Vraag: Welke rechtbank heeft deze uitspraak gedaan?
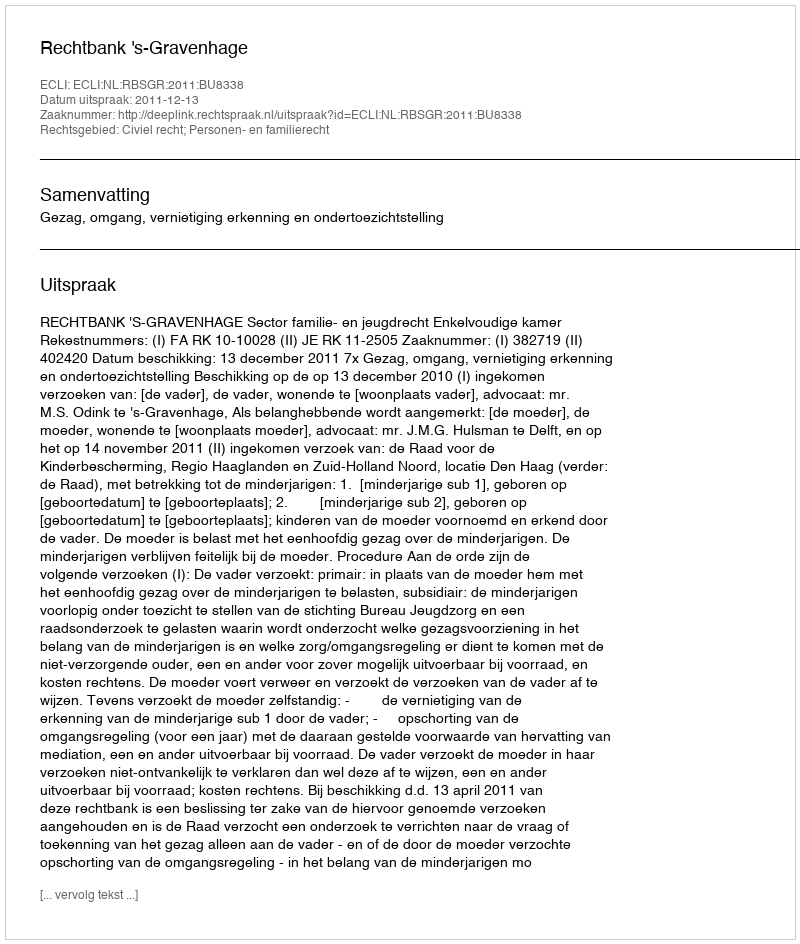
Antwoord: Rechtbank 's-Gravenhage